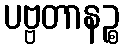
ပဗ္ဗတာနဉ္စ